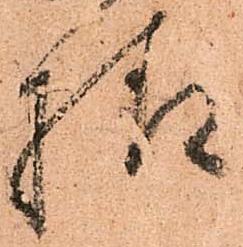
様